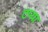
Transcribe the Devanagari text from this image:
टप्या